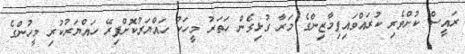
ރައީސް ކުށްވެރި ކުރައްވައިފިމާޒިންގެ މަރާ ގުޅިގެން ހަތަރު މީހަކު ހައްޔަރުކޮށްފިރޭ ހައްޔަރުކުރި މީހުންގެ